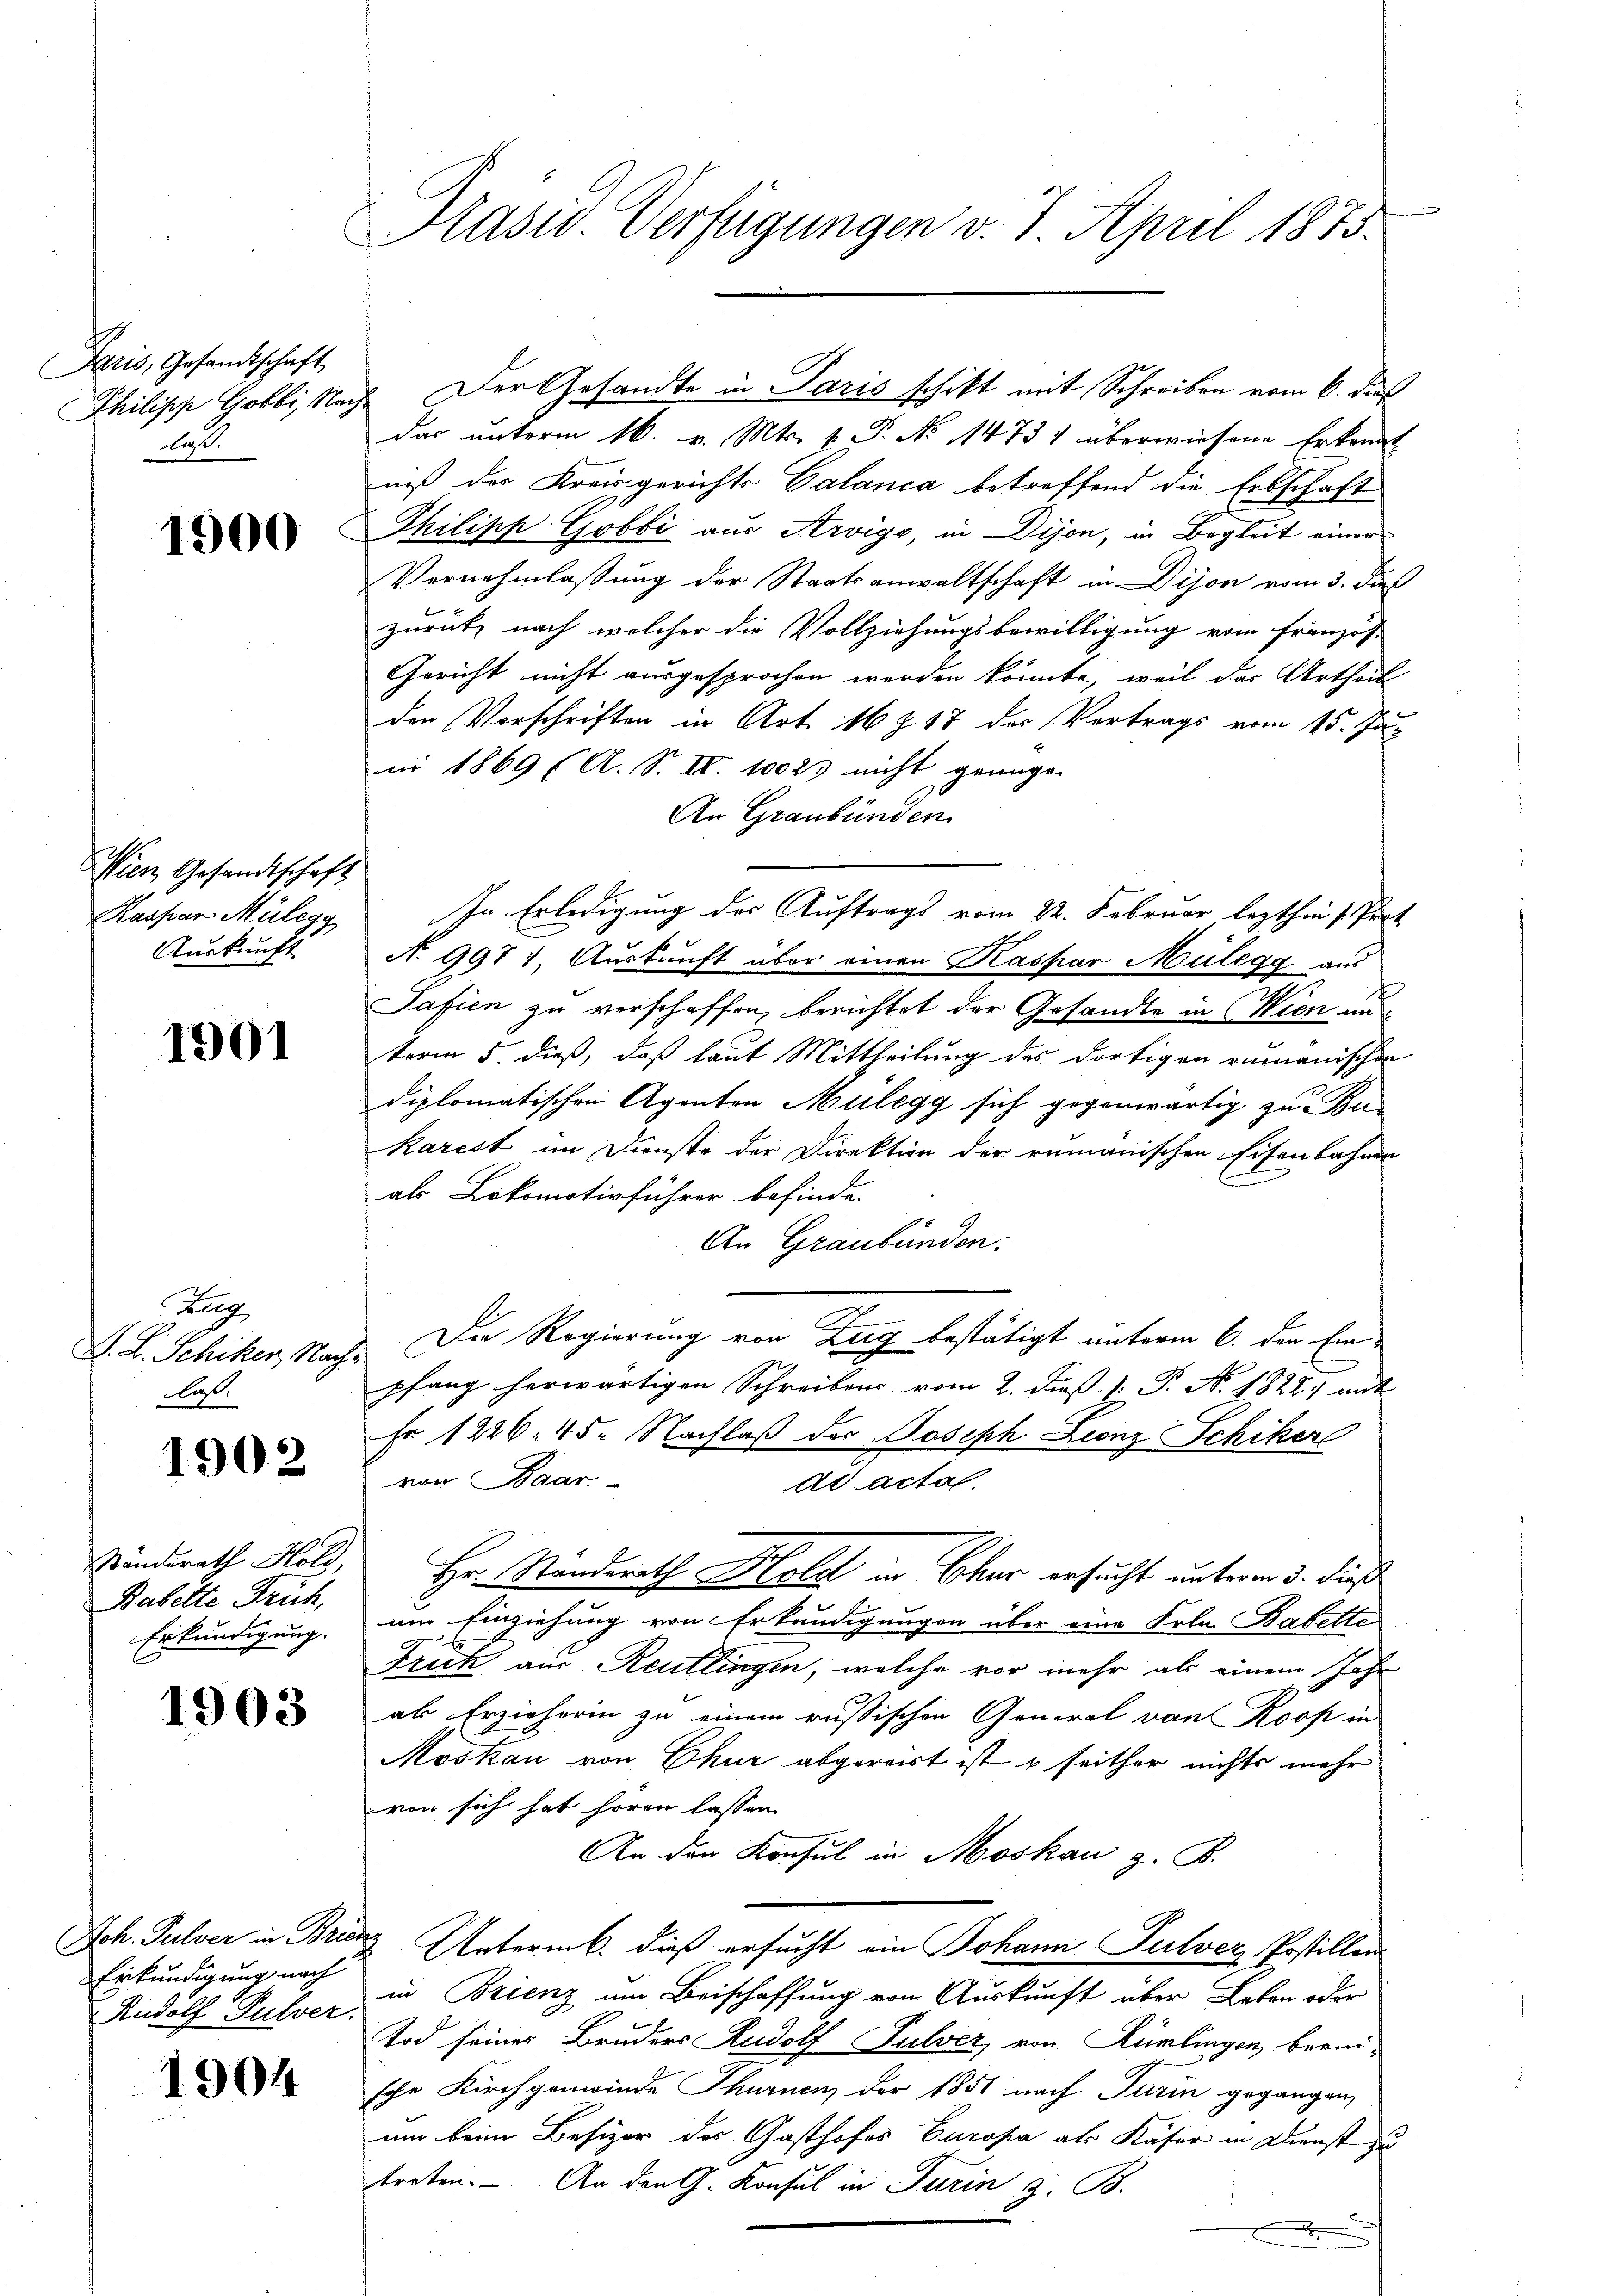
Paris, Gesandtschaft
Philipp Gobbi, Nach
daß.

1900

Wien Gesandtschaft
Kaspar Mülegg
Auskunft

1901

Zug
L. L. Schiker, Nachlaß.

1902

Ständerath Hold,
Babette Früh,
Erkundigung.

1903

Joh. Pulver in Brien
Erkundigung nach
Rudolf Pulver.

1904

Präsid Verfügungen v. 7. April 1873.

das unterm 16. v. Mts. 1. P. No 1473. 1 überwiesene Erkennt
niß der Kreisgerichts Calanca betreffend die Erbschaft
Philipp Gobbi aus Arvige, in Dijon, in Begleit einer
Vernehmlassung der Staatsanwaltschaft in Dison vom 3. dies
zurück, nach welcher die Vollziehungsbewilligung vom Französ
Gericht nicht ausgesprochen werden könnte, weil das Urtheil
den Vorschriften in Art. 16 § 17 der Vortrags vom 15. Jun
ni 1869 (A. S. II. 1002) nicht genügen
An Graubünden
In Erledigung des Auftrags vom 22. Februar lezthin 1 Part
No 997 : Auskunft über einen Kaspar Mülegg aus
Safien zu verschaffen, berichtet der Gesandte in Wien un
term 5 dieß, daß laut Mittheilung des dortigen rumänischen
diplomatischen Agenten Mulegg sich gegenwärtig zu Be-
Karest im Dienste der Direktion der rumänischen Eisenbahnen
als Lokomotivführer befinde.
An Graubünden.
Die Regierung von Zug bestätigt unterm 6. den Ein
pfang herwärtigen Schreibens vom 2. dieß P. P. N. 1822 mit
Fr. 1226. 45. Nachlaß der Joseph Leonz Schiker
von Paar.
ad acta.
Hr. Standerath Hold in Chur ersucht unterm 3. dieß
.
um Einziehung von Erkundigungen über eine Frln. Babette
Frick aus Reutlingen, welche vor mehr als einem Jahr
al Erzieherin zu einem russischen General von Roos in
Moskau von Chur abgereist ist & seither nichts mehr
von sich hat hören lassen.
An den Konsul in Moskau z. B.
2 Untermb. dieß ersucht ein Johann Pulver, Postillon
in Brienz um Beischaffung von Auskunft über Leben oder
Tod seiner Bruders Rudolf Pulver, von Rümlingen, bereische Kirchgenwinde Thurnen der 1851 nach Turin gegangen,
um beim Besizer des Gasthofes Europa als Kaser in Dienst zu
treten. - An den G. Konsul in Turin z. B.
.

Der Gesandte in Paris schikt mit Schreiben vom 6. daß